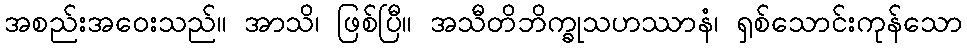
အစည်းအဝေးသည်။ အာသိ၊ ဖြစ်ပြီ။ အသီတိဘိက္ခုသဟဿာနံ၊ ရှစ်သောင်းကုန်သော